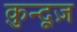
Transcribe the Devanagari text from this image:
क़ुन्दूज़